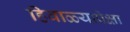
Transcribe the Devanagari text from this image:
हिवाळ्यापेक्षा